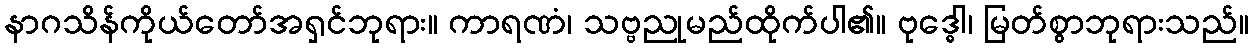
နာဂသိန်ကိုယ်တော်အရှင်ဘုရား။ ကာရဏံ၊ သဗ္ဗညုမည်ထိုက်ပါ၏။ ဗုဒ္ဓေါ၊ မြတ်စွာဘုရားသည်။